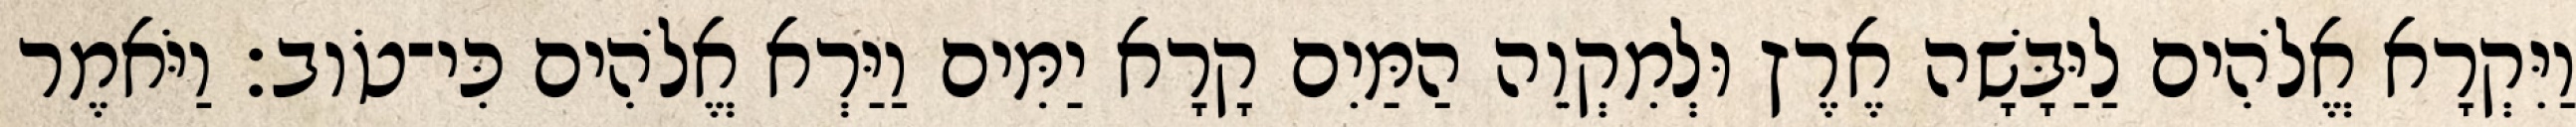
וַיִּקְרָא אֱלֹהִים לַיַּבָּשָׁה אֶרֶץ וּלְמִקְוֵה הַמַּיִם קָרָא יַמִּים וַיַּרְא אֱלֹהִים כִּי־טֹוב׃ וַיֹּאמֶר